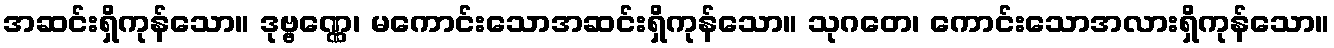
အဆင်းရှိကုန်သော။ ဒုဗ္ဗဏ္ဏေ၊ မကောင်းသောအဆင်းရှိကုန်သော။ သုဂတေ၊ ကောင်းသောအလားရှိကုန်သော။